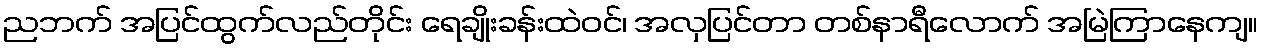
ညဘက် အပြင်ထွက်လည်တိုင်း ရေချိုးခန်းထဲဝင်၊ အလှပြင်တာ တစ်နာရီလောက် အမြဲကြာနေကျ။